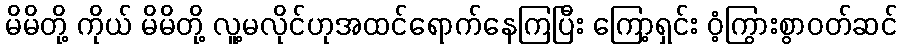
မိမိတို့ ကိုယ် မိမိတို့ လူ့မလိုင်ဟုအထင်ရောက်နေကြပြီး ကြော့ရှင်း ဝံ့ကြွားစွာဝတ်ဆင်